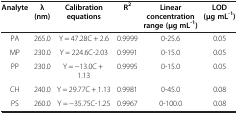
<table><thead><tr><td><b>Analyte</b></td><td><b>λ (nm)</b></td><td><b>Calibration equations</b></td><td><b>R<sup>2</sup></b></td><td><b>Linear concentration range (μg mL<sup>-1</sup>)</b></td><td><b>LOD (μg mL<sup>-1</sup>)</b></td></tr></thead><tbody><tr><td>PA</td><td>265.0</td><td>Y = 47.28C + 2.6</td><td>0.9999</td><td>0-25.6</td><td>0.05</td></tr><tr><td>MP</td><td>230.0</td><td>Y = 224.6C-2.03</td><td>0.9991</td><td>0-15.0</td><td>0.05</td></tr><tr><td>PP</td><td>230.0</td><td>Y = −13.0C + 1.13</td><td>0.9995</td><td>0-15.0</td><td>0.05</td></tr><tr><td>CH</td><td>240.0</td><td>Y = 29.77C + 1.13</td><td>0.9981</td><td>0-45.0</td><td>0.08</td></tr><tr><td>PS</td><td>260.0</td><td>Y = −35.75C-1.25</td><td>0.9967</td><td>0-100.0</td><td>0.08</td></tr></tbody></table>